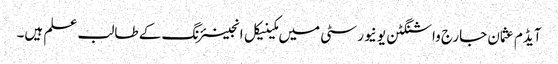
آیڈم عثمان جارج واشنگٹن یو نیورسٹی میں مکینیکل انجینئرنگ کے طالب علم ہیں۔